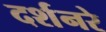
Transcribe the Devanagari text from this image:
दर्शनरे